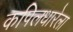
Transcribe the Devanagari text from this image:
कपिलधारेला